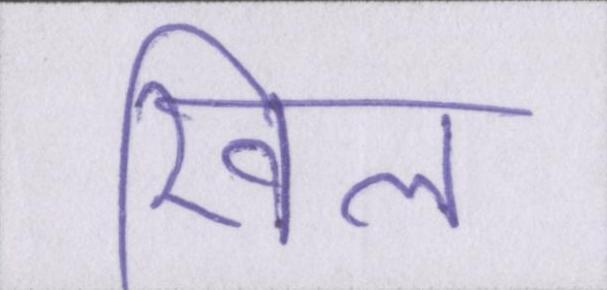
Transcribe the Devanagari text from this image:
खिल